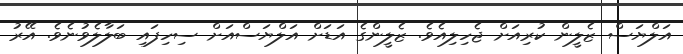
އަލްޔަސް ޒެލީން ކުރިއަށް ޖެހިލިއެވެ. ޒެލީންގެ އަޑަށް އަލްޔަސްއަށް ސިހިފައި ބަލާލެވުނެވެ. އޭރު